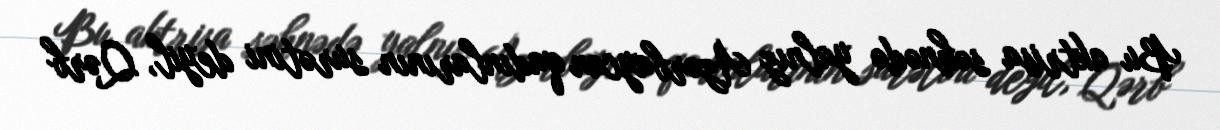
Bu aktrisa səhnədə yalnız Azərbaycan qadınlarının surətini deyil, Qərb